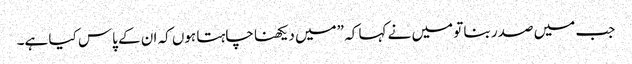
جب میں صدر بنا تو میں نے کہا کہ ”میں دیکھنا چاہتا ہوں کہ ان کے پاس کیا ہے۔